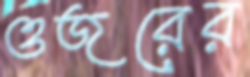
ওজরের